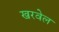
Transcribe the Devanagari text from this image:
खरवेल